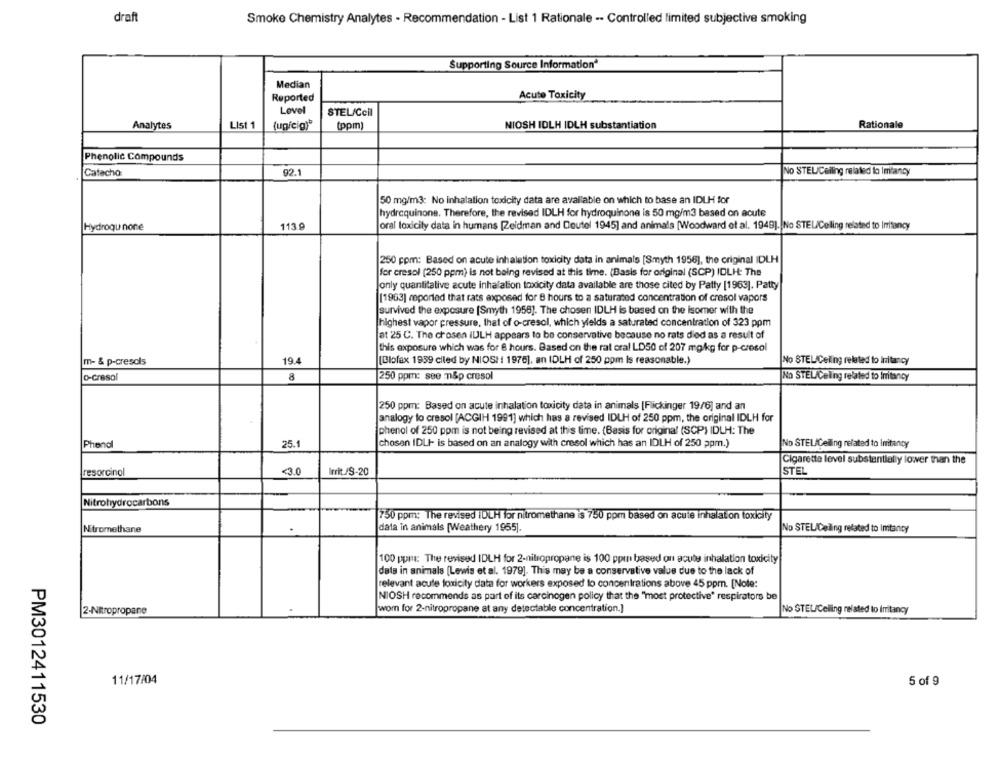
draft
Smoke Chemistry Analytes - Recommendation - List 1 Rationale -- Controlled limited subjective smoking
Supporting Source Information
Median
Reported
Acute Toxicity
Lovel
STEL/Cell
Analytes
List 1
(unicig)"
(ppm)
NIOSH IDLH IDLH substantiation
Rationale
Phenolic Compounds
Catacho
92.1
No STEL/Ceiling related to Imtancy
50 mg/m3: No inhalation toxicity data are available on which to base an IDLH for
hydroquinone. Therefore, the revised IDLH for hydroquinone is 50 mg/m3 based on acute
Hydroquinone
113
oral loxicily data in humans [Zeidman and Doutel 1945] and animals [Woodward et al. 1949). No STEL/Ceiling related to Imitancy
250 ppm: Based on acute inhalation toxicity data in animals [Smyth 1956], the original IDLH
for cresol (250 ppm) is not being revised at this time. (Basis for original (SCP) IDLH: The
only quantitative acute inhalation toxicity data available are those cited by Patty [1963]. Patty
[1963] reported that rats exposed for 8 hours to a saturated concentration of cresol vapors
survived the exposure [Smyth 1958]. The chosen IDLH is based on the isomer with the
highest vapor pressure, that of o-cresol, which yields a saturated concentration of 323 ppm
at 25 C. The chosen iULH appears to be conservative because no rats died as a result of
this exposure which was for 8 hours. Based on the rat oral LD50 of 207 mg/kg for p-cresol
m- & p-cresols
19.4
[Blofax 1959 ciled by NIOSI 1976], an (DLH of 250 ppm Is reasonable.)
No STEL Ceiling related to Irritancy
o-cresol
8
250 ppm: see n&p cresol
No STEL/Celling related to Imitancy
250 ppm: Based on acute inhalation toxicity data in animals [Flickinger 19/6] and an
analogy lo cresol [ACGIH 1991] which has a revised IDLH of 250 ppm, the original IDLH for
phenol of 250 ppm is not being revised at this time. (Basis for original (SCP) IDLH: The
chosen IDLI- is based on an analogy with cresol which has an IDLH of 250 ppm.)
Phenol
25.1
No STEL/Ceiling related to Imitancy
Cigarette level substantially lower than the
resorcinol
<3.0
Irrit /S-20
STEL
Nitrohydrocarbons
750 ppm: The revised IDLH for nitromethane is 750 ppm based on acute inhalation toxicity
Nitromethane
data in animals [Weathery 1955].
No STELICeling related to Imtancy
100 puma: The revised IDLH for 2-nitropropane is 100 ppin based on acute inhalation toxicity
dets in animals (Lewis et al. 1979]. This may be a conservative value due to the lack of
relevant acute toxicity data for workers exposed to concentrations above 45 ppm. [Note:
NIOSH recommends as part of its carcinogen policy that the "most protective" respirators be
wom for 2-nitropropane at any detectable concentration.]
No STEL/Ceiling related to irritancy
2-Nitropropane
11/17/04
5 of 9
PM3012411530